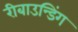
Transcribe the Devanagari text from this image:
रीबाउन्डिंग